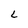
Character: L